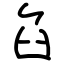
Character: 臽